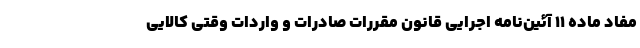
مفاد ماده ۱۱ آئین‌نامه اجرایی قانون مقررات صادرات و واردات وقتی کالایی